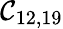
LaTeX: \mathcal{C}_{12,19}